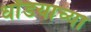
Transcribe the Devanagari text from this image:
धोंडयाच्या